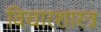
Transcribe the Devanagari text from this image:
विचारशास्त्र